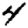
Digit: 4